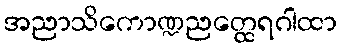
အညာသိကောဏ္ဍညတ္ထေရဂါထာ